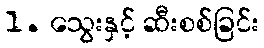
1. သွေးနှင့် ဆီးစစ်ခြင်း